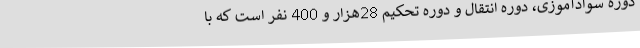
دوره سوادآموزی، دوره انتقال و دوره تحکیم 28هزار و 400 نفر است که با